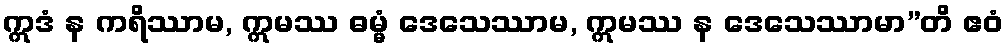
ဣဒံ န ကရိဿာမ, ဣမဿ ဓမ္မံ ဒေသေဿာမ, ဣမဿ န ဒေသေဿာမာ”တိ ဧဝံ